Leaving Certificate Examination (including Day School Certificate (Higher) General paper), 1929
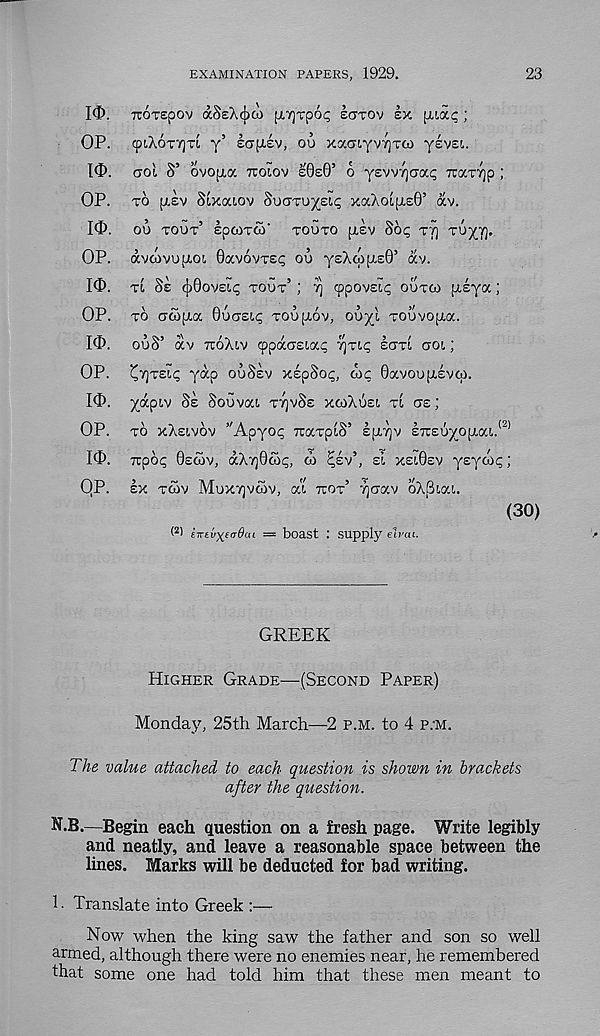
EXAMINATION PAPERS, 1929,
23
10.
OP.
I<D.
OP.
Id).
OP.
Id).
OP.
Id).
OP.
I<D.
OP.
Id>.
qp.
TCOTepov aSeXcjia) [X7]Tp6p SCTTOV EX \WXQ ;
<PI,X6T7]TI y’ scrpiev, ou xacri.YV7]Ta) ysvEt.
ao'i S’ ovopia TCOIOV E0E0’ O yevv/iaa^ TuaTTjp;
TO p.Ev SIxaiov SucTTU^Eit; xaXo[ji,E0’ av.
OU TOUT* EpOITCO
TOUTO [XEV S6p T’/j TUyT],
avcovupioi 0av6vT£p ou yeXcoptsO’ av.
TI 8E ^0OVEI^ TOUT’ ; 7] 9pov£i<; OUTOI ptsya;
TO cxcopia 0UCTEI.P TOUfTOV, OU^l TOUVOpia.
ouS’ av TTOXIV cppaoEia? y]TLq ECJTI aoi;
^7]TEI<; yap OUSEV xspSoi;, wc 0avou[X£v(p.
yapiv SE Souvai TTJVSE XCOXUSI TI CTE ;
TO XXEIVOV "Apyot; TtaTpiS’ spiTjv E7r£uyopiaL. <2)
7rp6(; 0ECOV, dX7]0o5c;, co ^sv’, si xst.0£V ysycoc;;
lx TWV MUXTJVWV, at TOT’ Tjcav oXBiai.
(30)
< 2 ) eirtvxsnduL = boast : supply elrai.
GREEK
HIGHER GRADE—(SECOND PAPER)
Monday, 25th March—2 P.M. to 4 P;M.
The value attached to each question is shown in brackets
after the question.
N.B.—Begin each question on a fresh page. Write legibly
and neatly, and leave a reasonable space between the
lines. Marks will be deducted for bad writing.
1. Translate into Greek :—
Now when the king saw the father and son so well
armed, although there were no enemies near, he remembered
that some one had told him that these men meant to